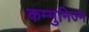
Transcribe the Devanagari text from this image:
कम्मुनिज्म